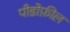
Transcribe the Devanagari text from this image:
पीडोफ़ील